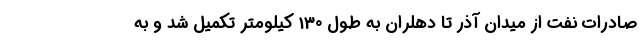
صادرات نفت از میدان آذر تا دهلران به طول 130 کیلومتر تکمیل شد و به